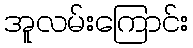
အူလမ်းကြောင်း